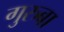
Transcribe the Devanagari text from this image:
गुरुबा